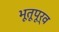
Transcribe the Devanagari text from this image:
भूतूपूर्व